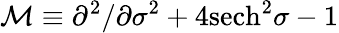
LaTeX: {\cal M}\equiv\partial^{2}/\partial\sigma^{2}+4\mathrm{sech}^{2}\sigma-1